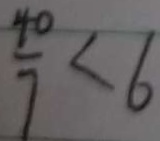
\frac { 4 0 } { 7 } < 6